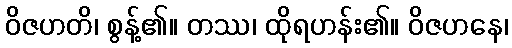
ဝိဇဟတိ၊ စွန့်၏။ တဿ၊ ထိုရဟန်း၏။ ဝိဇဟနေ၊